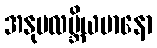
အနုပလဗ္ဘိယမာနော